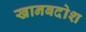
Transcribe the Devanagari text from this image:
खानबदोश